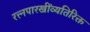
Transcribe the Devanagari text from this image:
रत्त्‍नपारखींव्यतिरिक्त